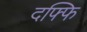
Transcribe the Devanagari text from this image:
दफ्फि